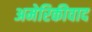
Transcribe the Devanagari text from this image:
अमेरिकीवाद